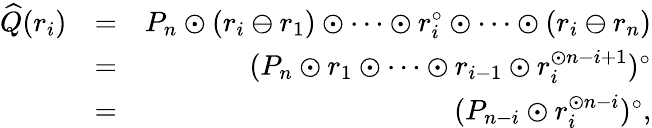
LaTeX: \begin{array}{rlr}{\widehat{Q}(r_{i})}&{=}&{P_{n}\odot(r_{i}\ominus r_{1})\odot\cdots\odot r_{i}^{\circ}\odot\cdots\odot(r_{i}\ominus r_{n})}\\ &{=}&{(P_{n}\odot r_{1}\odot\cdots\odot r_{i-1}\odot r_{i}^{\odot n-i+1})^{\circ}}\\ &{=}&{(P_{n-i}\odot r_{i}^{\odot n-i})^{\circ},}\end{array}